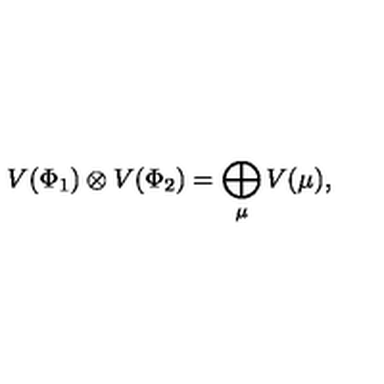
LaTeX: V ( \Phi _ { 1 } ) \otimes V ( \Phi _ { 2 } ) = \bigoplus _ { \mu } V ( \mu ) ,